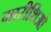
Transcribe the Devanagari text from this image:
मारीशिओ